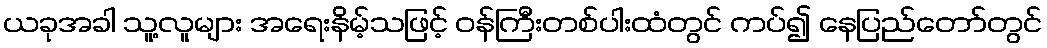
ယခုအခါ သူ့လူများ အရေးနိမ့်သဖြင့် ဝန်ကြီးတစ်ပါးထံတွင် ကပ်၍ နေပြည်တော်တွင်